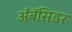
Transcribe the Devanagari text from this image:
अँबॅसिडर